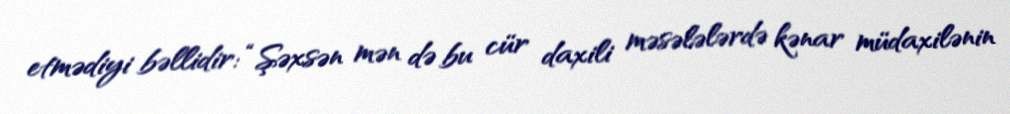
etmədiyi bəllidir: “Şəxsən mən də bu cür daxili məsələlərdə kənar müdaxilənin